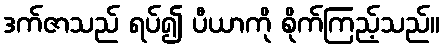
ဒက်ဇာသည် ရပ်၍ ပီယာကို စိုက်ကြည့်သည်။